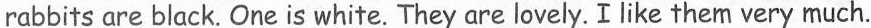
rabbits are black, One is white. They are lovely. I like them very much